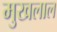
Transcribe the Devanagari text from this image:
मुखलाल